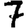
Digit: 7